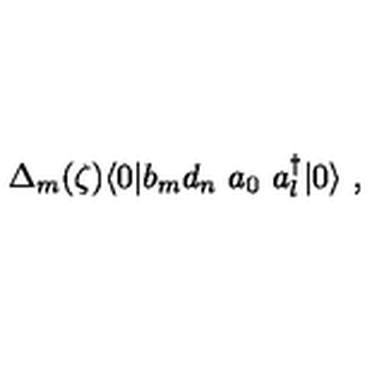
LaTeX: \Delta _ { m } ( \zeta ) \langle 0 | b _ { m } d _ { n } \ a _ { 0 } \ a _ { l } ^ { \dag } | 0 \rangle \ ,